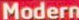
Modern